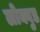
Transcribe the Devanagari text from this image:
लोक्वुड